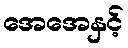
အေအေနှင့်